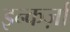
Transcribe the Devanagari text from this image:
इन्कर्ज़ा